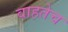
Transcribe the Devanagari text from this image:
वाहतेच